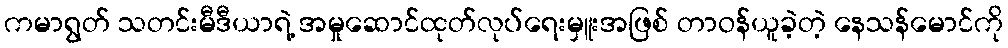
ကမာရွတ် သတင်းမီဒီယာရဲ့ အမှုဆောင်ထုတ်လုပ်ရေးမှူးအဖြစ် တာဝန်ယူခဲ့တဲ့ နေသန်မောင်ကို